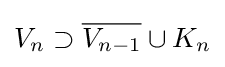
V_{n}\supset {\overline {V_{n-1}}}\cup K_{n}